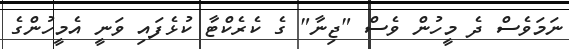
ނަމަވެސް ދެ މީހުން ވެސް "ޖިނާ" ގެ ކެރެކްޓާ ކުޅެފައި ވަނީ އެމީހުންގެ